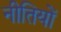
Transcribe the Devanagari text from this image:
नीतियोँ